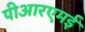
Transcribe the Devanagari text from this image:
पीआरएमई